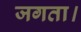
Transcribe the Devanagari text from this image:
जगता।